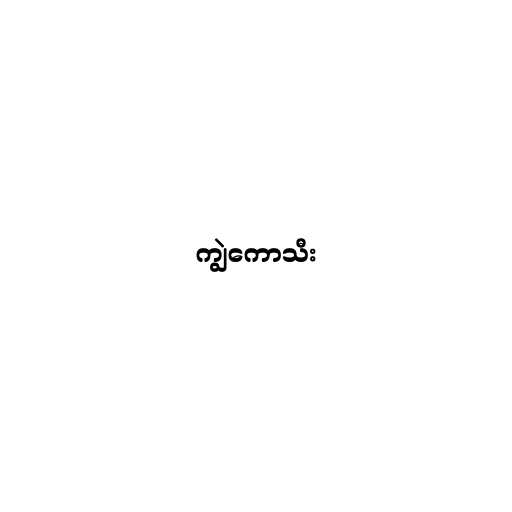
ကျွဲကောသီး